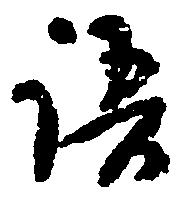
語